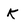
Character: K